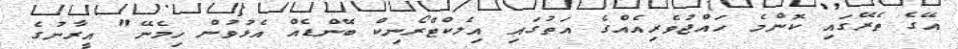
އޭގެ ތެރޭގައި ކޮންމެ ހައްޖުވެރިއެއްގެ އަތުގައި އިލެކްޓްރޯނިކް ބޭންޑެއް އެޅުވުން ހިމެނޭ" އީރާނުގެ